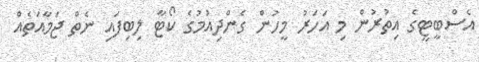
އެސްބީޓީގެ އިތުރުން މި އަހަރު މީހުން ގެންދިއުމުގެ ކޯޓާ ލިބިފައި ނެތް ޖަމާއަތެއް